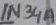
Text: IN34A